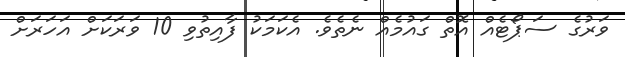
ވަރުގެ ސަޕޯޓެއް އޮތް ގައުމެއް ނެތެވެ. އެކަމަކު ފާއިތުވި 10 ވަރަކަށް އަހަރަށް